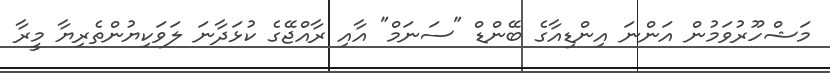
މަޝްހޫރުވަމުން އަންނަ އިންޑިއާގެ ބޭންޑް "ސަނަމް" އާއި ރާއްޖޭގެ ކުޅަދާނަ ލަވަކިޔުންތެރިޔާ މީރާ